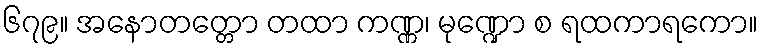
၆၇၉။ အနောတတ္တော တထာ ကဏ္ဏ၊ မုဏ္ဍော စ ရထကာရကော။